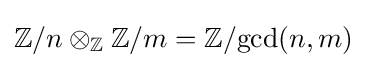
\mathbb {Z} /n\otimes _{\mathbb {Z} }\mathbb {Z} /m=\mathbb {Z} /{\gcd(n,m)}